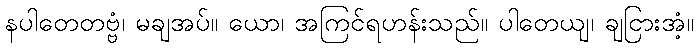
နပါတေတဗ္ဗံ၊ မချအပ်။ ယော၊ အကြင်ရဟန်းသည်။ ပါတေယျ၊ ချငြားအံ့။